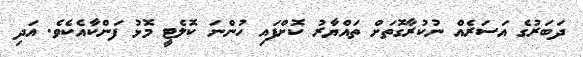
ދަބަރުގެ އަސަރެއް ނުކުރާގޮތަށް ތައްޔާރު ކޮށްފައި ހުންނަ ކޮލެޓީ މޮޅު ފަންކާއެކެވެ. އަދި